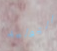
التوليد